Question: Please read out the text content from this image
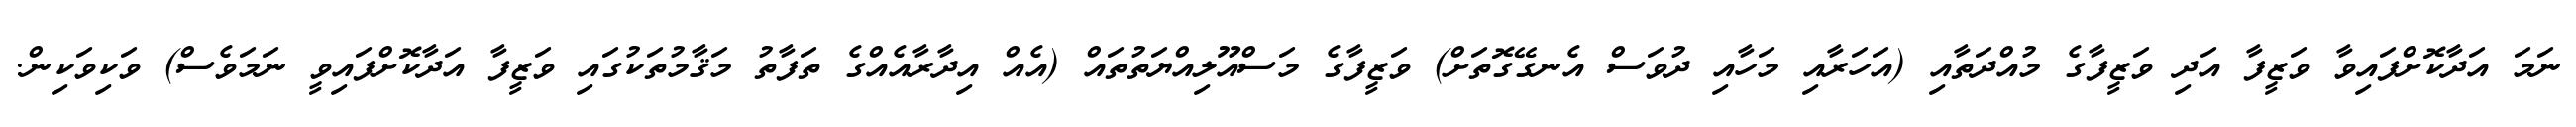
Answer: ނަމަ އަދާކޮށްފައިވާ ވަޒީފާ އަދި ވަޒީފާގެ މުއްދަތާއި (އަހަރާއި މަހާއި ދުވަސް އެނގޭގޮތަށް) ވަޒީފާގެ މަސްއޫލިއްޔަތުތައް (އެއް އިދާރާއެއްގެ ތަފާތު މަޤާމުތަކުގައި ވަޒީފާ އަދާކޮށްފައިވީ ނަމަވެސް) ވަކިވަކިން.